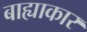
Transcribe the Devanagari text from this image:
बाह्याकार